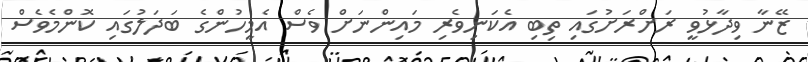
ޒޭނާ ވިދާޅުވީ ރަށްރަށުގައި ތިބި އެކަނިވެރި މައިންނަށް ވެސް އެމީހުންގެ ބަދަލުގައި ކޮންމެވެސް